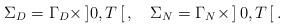
LaTeX: \begin{align*} \Sigma_D=\Gamma_D\times\,]0,T\,[\,,\quad\Sigma_N=\Gamma_N\times\,]\,0,T\,[\,.\end{align*}